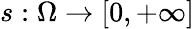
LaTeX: s:\Omega\to[0,+\infty]